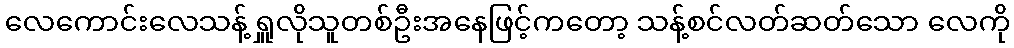
လေကောင်းလေသန့် ရှူလိုသူတစ်ဦးအနေဖြင့်ကတော့ သန့်စင်လတ်ဆတ်သော လေကို